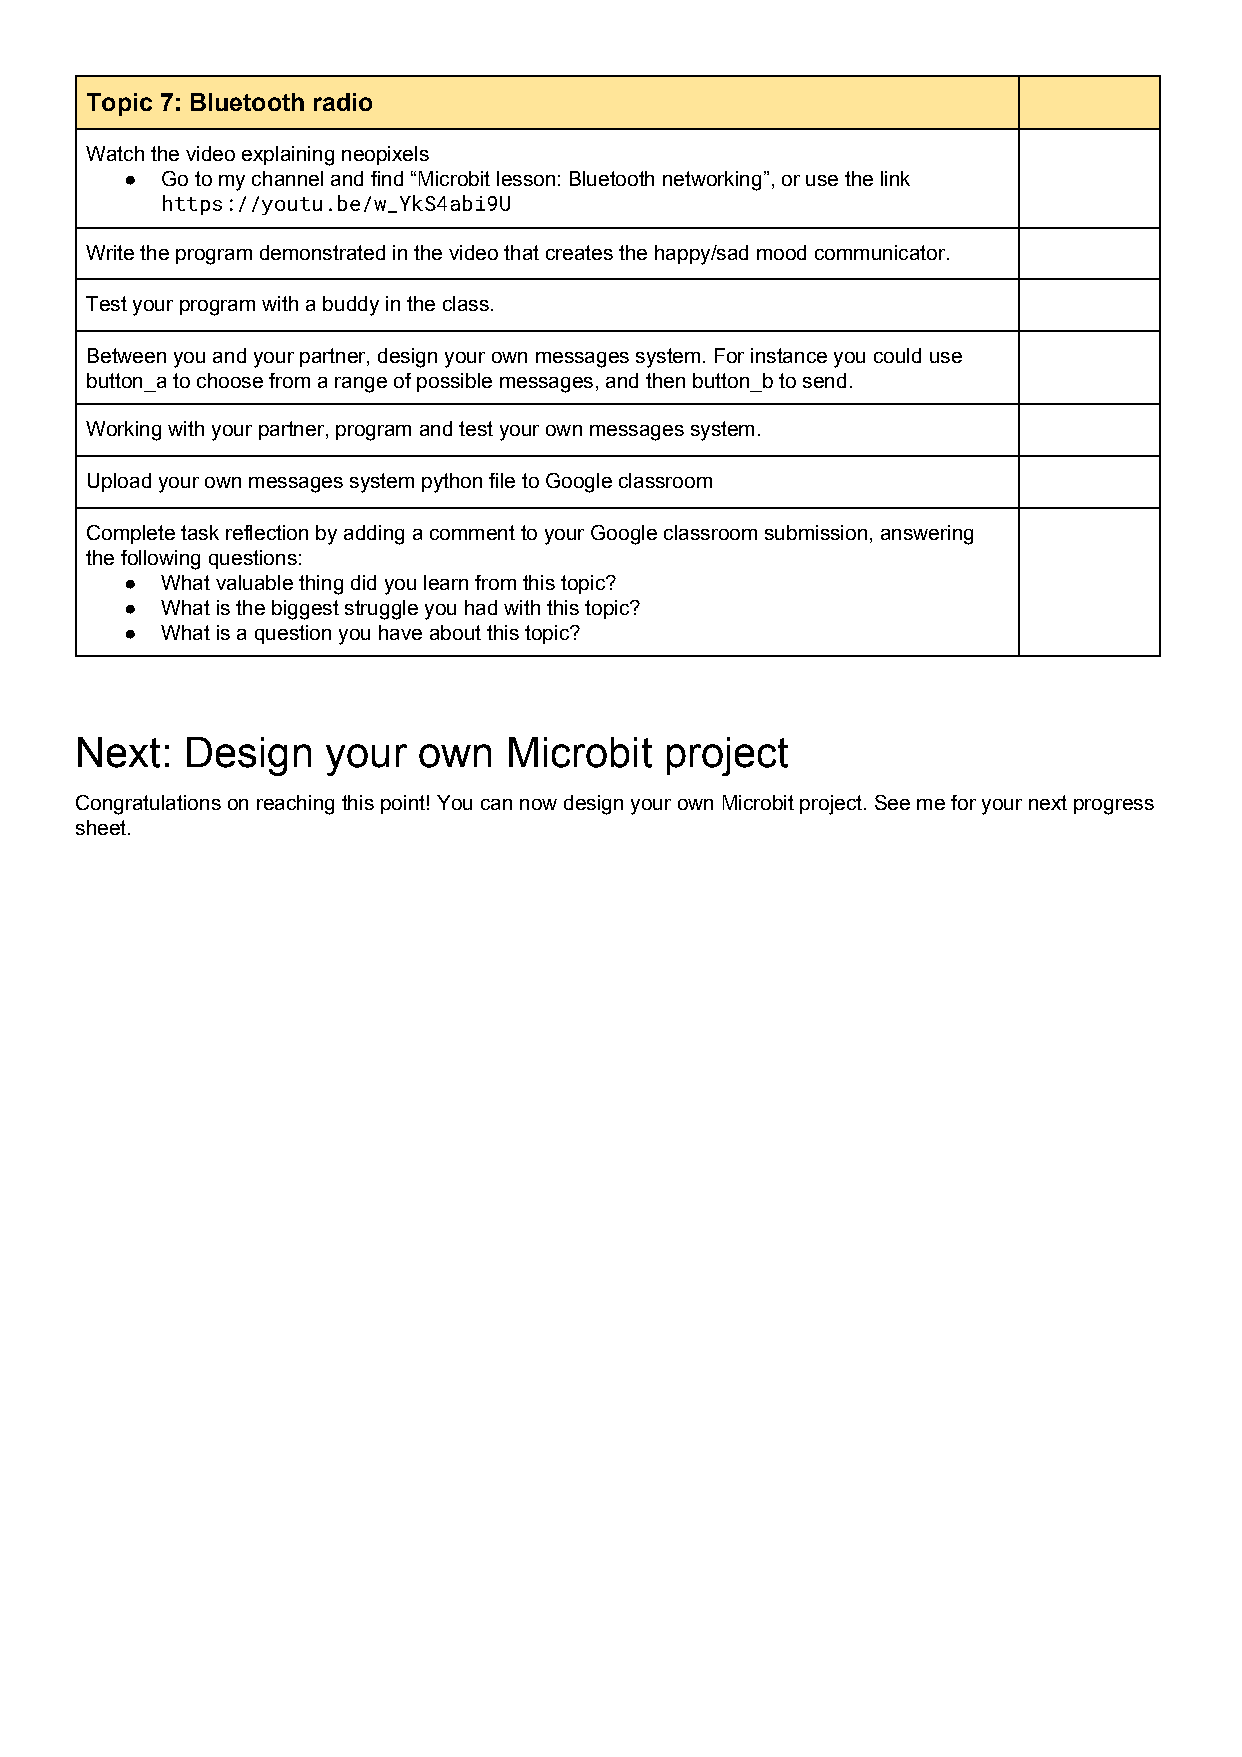
Topic 7: Bluetooth radio
 Watch the video explaining neopixels
 ●  Go to my channel and find “Microbit lesson: Bluetooth networking”, or use the link
 https://youtu.be/w_YkS4abi9U
 Write the program demonstrated in the video that creates the happy/sad mood communicator.
 Test your program with a buddy in the class.
 Between you and your partner, design your own messages system. For instance you could use
 button_a to choose from a range of possible messages, and then button_b to send.
 Working with your partner, program and test your own messages system.
 Upload your own messages system python file to Google classroom
 Complete task reflection by adding a comment to your Google classroom submission, answering
 the following questions:
 ●  What valuable thing did you learn from this topic?
 ●  What is the biggest struggle you had with this topic?
 ●  What is a question you have about this topic?
 Next:  Design    your  own   Microbit  project
 Congratulations on reaching this point! You can now design your own Microbit project. See me for your next progress
 sheet.